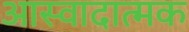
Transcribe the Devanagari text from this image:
आस्वादात्मक